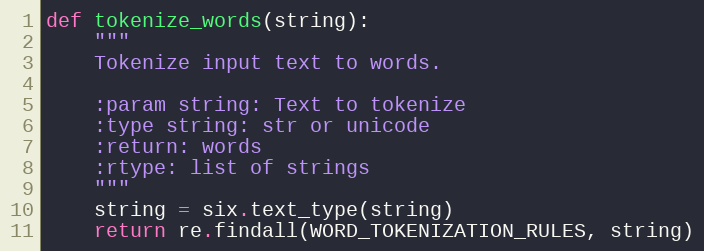
Language: Python
def tokenize_words(string):
    """
    Tokenize input text to words.

    :param string: Text to tokenize
    :type string: str or unicode
    :return: words
    :rtype: list of strings
    """
    string = six.text_type(string)
    return re.findall(WORD_TOKENIZATION_RULES, string)